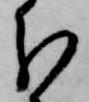
分